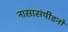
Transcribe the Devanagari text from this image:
नासासंपीडनो